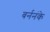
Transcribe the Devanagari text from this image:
बर्ननंके